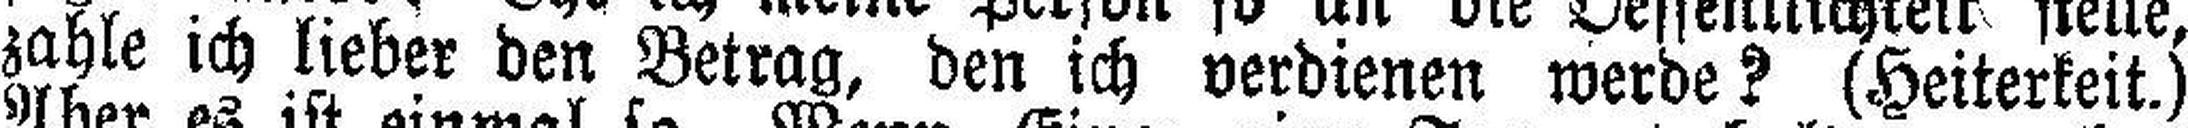
zahle ich lieber den Betrag, den ich verdienen werde? (Heiterkeit.)